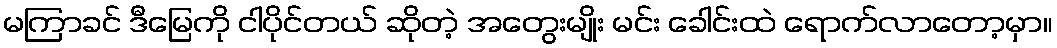
မကြာခင် ဒီမြေကို ငါပိုင်တယ် ဆိုတဲ့ အတွေးမျိုး မင်း ခေါင်းထဲ ရောက်လာတော့မှာ။